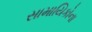
સામાયિકોના